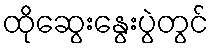
ထိုဆွေးနွေးပွဲတွင်